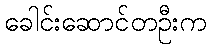
ခေါင်းဆောင်တဦးက